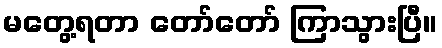
မတွေ့ရတာ တော်တော် ကြာသွားပြီ။